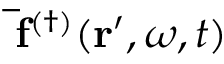
\mathbf { \bar { f } } ^ { ( \dagger ) } ( \mathbf { r } ^ { \prime } , \omega , t )